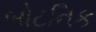
બોટનિક